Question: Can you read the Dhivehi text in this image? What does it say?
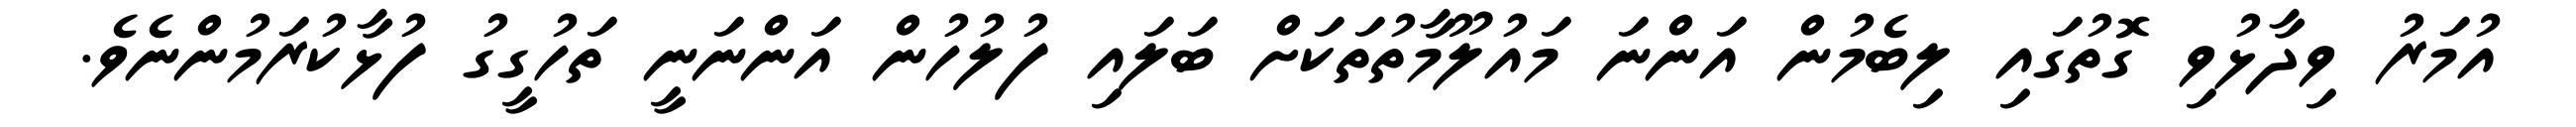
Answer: އުމަރު ވިދާޅުވި ގޮތުގައި ލިބެމުން އަންނަ މައުލޫމާތުތަކަށް ބަލައި ފުލުހުން އަންނަނީ ތަހުގީގު ފުޅާކުރަމުންނެވެ.